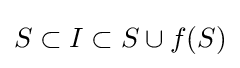
S\subset I\subset S\cup f(S)